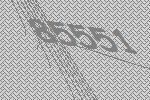
85551